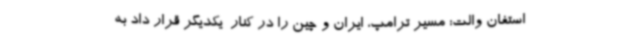
استفان والت: مسیر ترامپ، ایران و چین را در کنار  یکدیگر قرار داد به